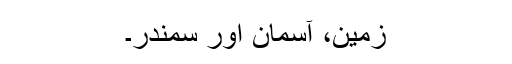
زمین، آسمان اور سمندر۔